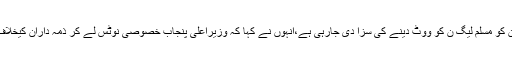
اہل علاقہ کا کہنا تھا کہ ان کو مسلم لیگ ن کو ووٹ دینے کی سزا دی جارہی ہے،انہوں نے کہا کہ وزیراعلیٰ پنجاب خصوصی نوٹس لے کر ذمہ داران کیخلاف قانونی کارروائی کریں ۔